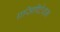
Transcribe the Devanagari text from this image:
प्रसिपिटेशन